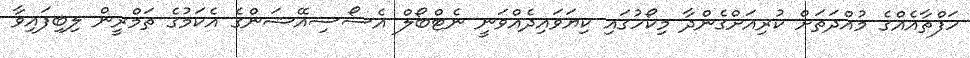
ހަފްތާއެއްގެ މުއްދަތަށް ކުރިއަށްގެންދާ މިކޯހުގައި ކިޔަވައިދެއްވަނީ ނެޓްބޯލް އެސޯސިއޭޝަންގެ އެކަމުގެ ތަމްރީން ލިބިފައިވާ